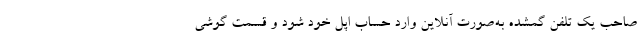
صاحب یک تلفن گمشده به‌صورت آنلاین وارد حساب اپل خود شود و قسمت گوشی